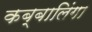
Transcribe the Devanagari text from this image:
कब्बालिंगा